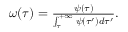
\begin{array} { r } { \omega ( \tau ) = \frac { \psi ( \tau ) } { \int _ { \tau } ^ { + \infty } { \psi ( \tau ^ { \prime } ) d \tau ^ { \prime } } } . } \end{array}